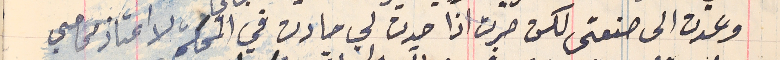
وعدت الى صنعتى لكن صرت اذا حدث لي حادث في المحكم لا اعتاذ محامي